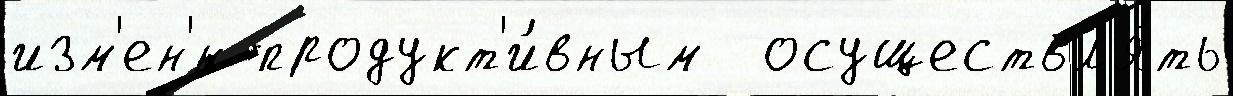
изм'ен'́н продукт'и́вным  осуществл'я́ть